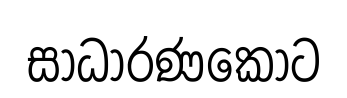
සාධාරණකොට